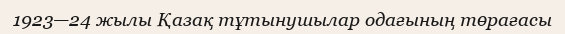
1923—24 жылы Қазақ тұтынушылар одағының төрағасы